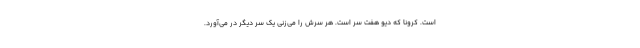
است. کرونا که دیو هفت سر است. هر سرش را می‌زنی یک سر دیگر در می‌آورد.